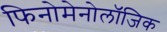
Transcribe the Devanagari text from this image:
फिनोमेनोलॉजिक